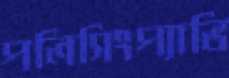
পলিসিংপ্যাভি